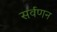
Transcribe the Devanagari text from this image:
सर्वणन